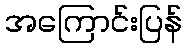
အကြောင်းပြန်